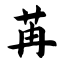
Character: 苒